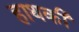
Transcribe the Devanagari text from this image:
हाथकी